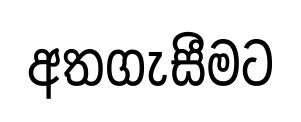
අතගැසීමට